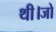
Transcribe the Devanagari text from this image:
थी।जो